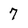
Character: 7